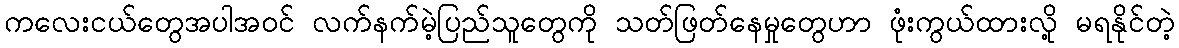
ကလေးငယ်တွေအပါအဝင် လက်နက်မဲ့ပြည်သူတွေကို သတ်ဖြတ်နေမှုတွေဟာ ဖုံးကွယ်ထားလို့ မရနိုင်တဲ့